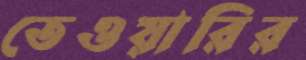
তেওয়ারির